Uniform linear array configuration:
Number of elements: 24
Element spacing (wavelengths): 0.25
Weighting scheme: binomial
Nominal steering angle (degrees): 0
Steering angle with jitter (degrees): -1.447
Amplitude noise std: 0.05
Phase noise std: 0.05

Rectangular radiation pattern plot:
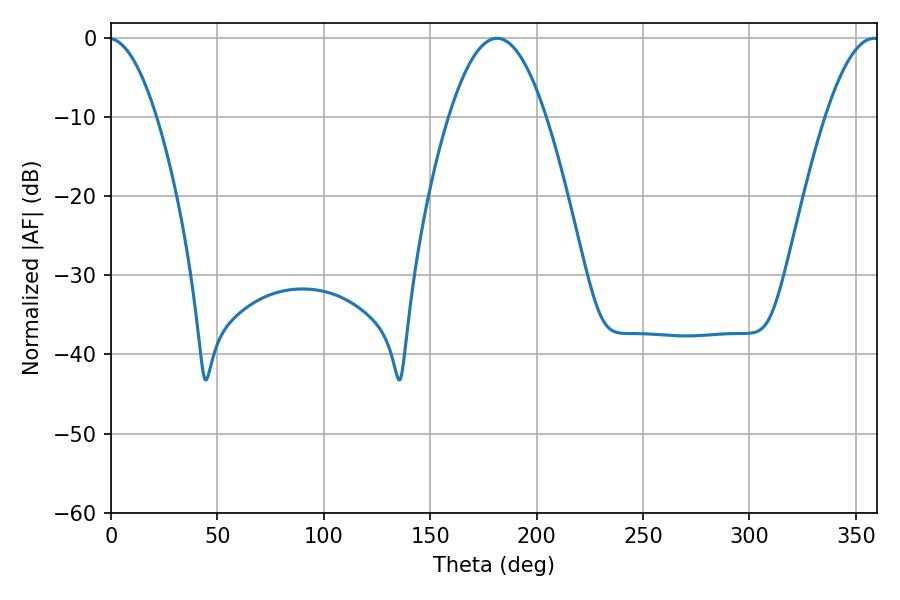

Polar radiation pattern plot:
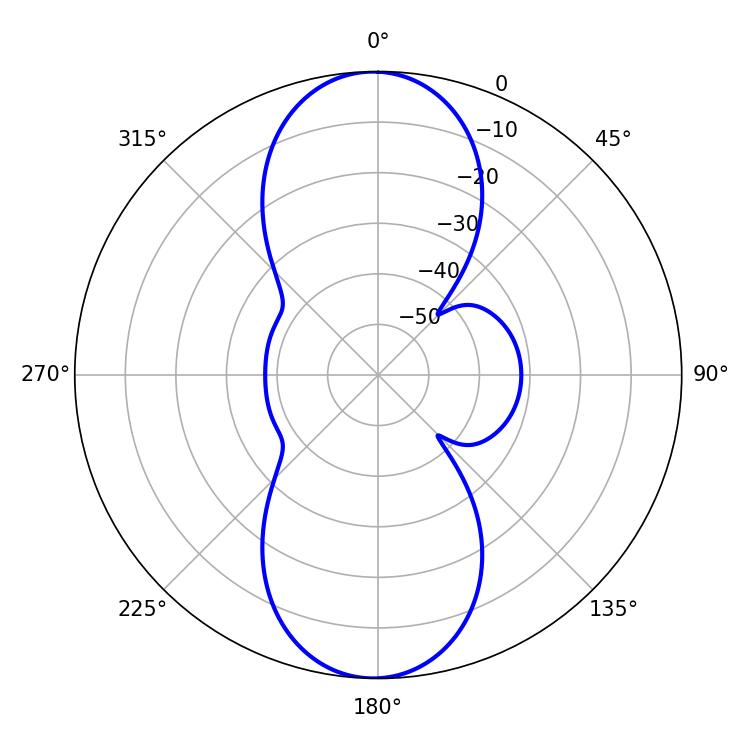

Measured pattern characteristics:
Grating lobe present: FALSE
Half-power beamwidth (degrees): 24.84
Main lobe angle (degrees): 181.44